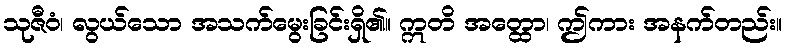
သုဇီဝံ၊ လွယ်သော အသက်မွေးခြင်းရှိ၏။ ဣတိ အတ္ထော၊ ဤကား အနက်တည်း။